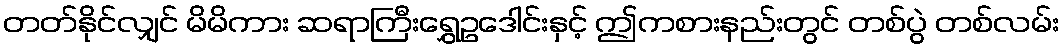
တတ်နိုင်လျှင် မိမိကား ဆရာကြီးရွှေဥဒေါင်းနှင့် ဤကစားနည်းတွင် တစ်ပွဲ တစ်လမ်း